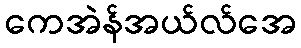
ကေအဲန်အယ်လ်အေ